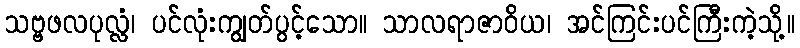
သဗ္ဗဖလပုလ္လံ၊ ပင်လုံးကျွတ်ပွင့်သော။ သာလရာဇာဝိယ၊ အင်ကြင်းပင်ကြီးကဲ့သို့။